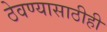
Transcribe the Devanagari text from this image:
ठेवण्यासाठीही